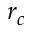
r _ { c }